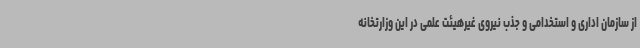
از سازمان اداری و استخدامی و جذب نیروی غیرهیئت علمی در این وزارتخانه